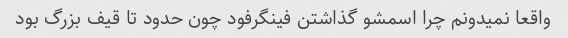
واقعا نمیدونم چرا اسمشو گذاشتن فینگرفود چون حدود تا قیف بزرگ بود